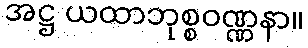
အဋ္ဌ ယထာဘုစ္စဝဏ္ဏနာ။